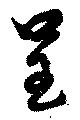
呈